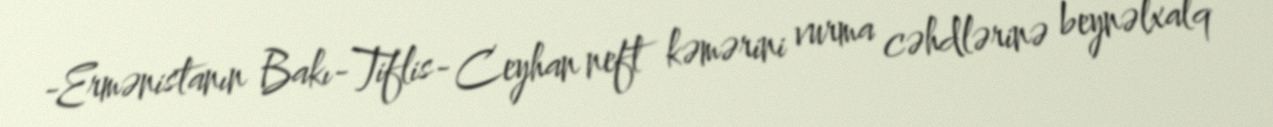
-Ermənistanın Bakı-Tiflis- Ceyhan neft kəmərini vurma cəhdlərinə beynəlxalq